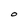
Character: O